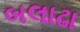
બલાઢા